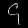
Digit: ၄